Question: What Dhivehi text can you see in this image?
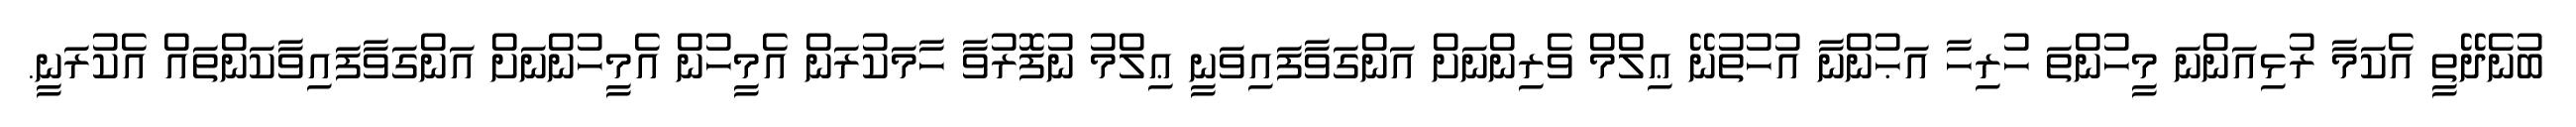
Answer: ބުނެދޭތީ އެކަމާ ރުޅިއަންނަ މީހުންތަ ހުރިހާ އަޙުންނާ އުހުތުނޭ ޢިލްމް ވެރިންނަށް އަންގަވާފައިވަނީ ޢިލްމު ނުފޮރުވާ ހާމަކުރަން އެމީހުން އެމީހުންނަށް އަންގަވާފައިވާކަންތައް އެކުރަނީ.